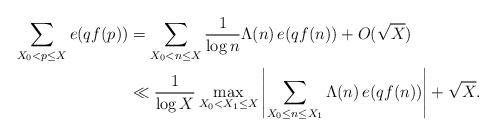
LaTeX: \begin{align*}\sum_{X_0 < p \leq X} e(qf(p)) &= \sum_{X_0 < n \leq X} \frac{1}{\log n} \Lambda(n) \, e(qf(n)) + O (\sqrt{X}) \\ &\ll \frac{1}{\log X} \max_{X_0 < X_1 \leq X} \left|\sum_{X_0 \leq n \leq X_1} \Lambda(n) \, e(qf(n)) \right| + \sqrt{X}.\end{align*}